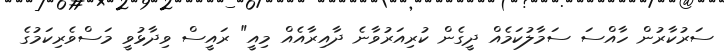
ސަރުކާރުން ހާއްސަ ސަމާލުކަމެއް ދީގެން ކުރިއަރުވާނެ ދާއިރާއެއް މިއީ" ރައީސް ވިދާޅުވީ މަސްވެރިކަމުގެ